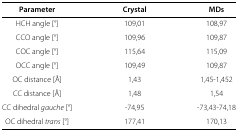
| Parameter | Crystal | MDs |
 | --- | --- | --- |
 | HCH angle [°] | 109,01 | 108,97 |
 | CCO angle [°] | 109,96 | 109,87 |
 | COC angle [°] | 115,64 | 115,09 |
 | OCC angle [°] | 109,49 | 109,87 |
 | OC distance [Å] | 1,43 | 1,45-1,452 |
 | CC distance [Å] | 1,48 | 1,54 |
 | CC dihedral gauche [°] | -74,95 | -73,43-74,18 |
 | OC dihedral trans [°] | 177,41 | 170,13 |